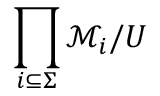
\prod _ { i \subseteq \Sigma } { \mathcal { M } } _ { i } / U